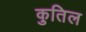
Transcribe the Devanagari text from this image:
कुतिल